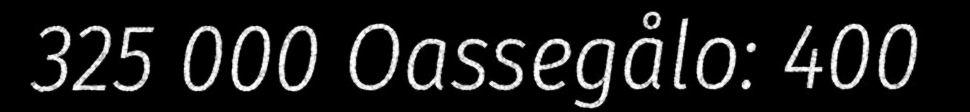
325 000 Oassegålo: 400